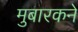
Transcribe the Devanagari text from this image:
मुबारकने